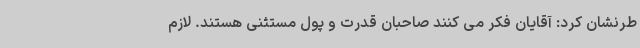
طرنشان کرد: آقایان فکر می کنند صاحبان قدرت و پول مستثنی هستند. لازم